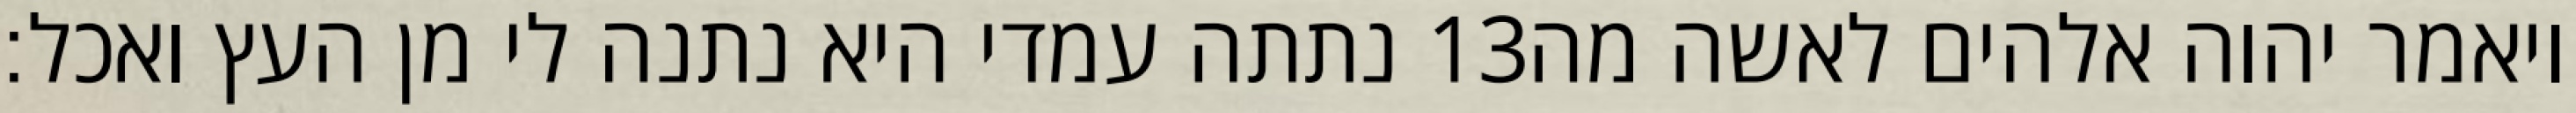
נתתה עמדי היא נתנה לי מן העץ ואכל׃ ‎13‏ ויאמר יהוה אלהים לאשה מה